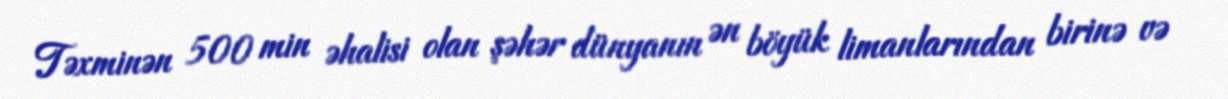
Təxminən 500 min əhalisi olan şəhər dünyanın ən böyük limanlarından birinə və